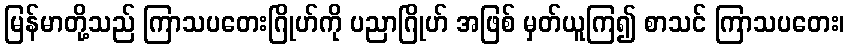
မြန်မာတို့သည် ကြာသပတေးဂြိုဟ်ကို ပညာဂြိုဟ် အဖြစ် မှတ်ယူကြ၍ စာသင် ကြာသပတေး၊